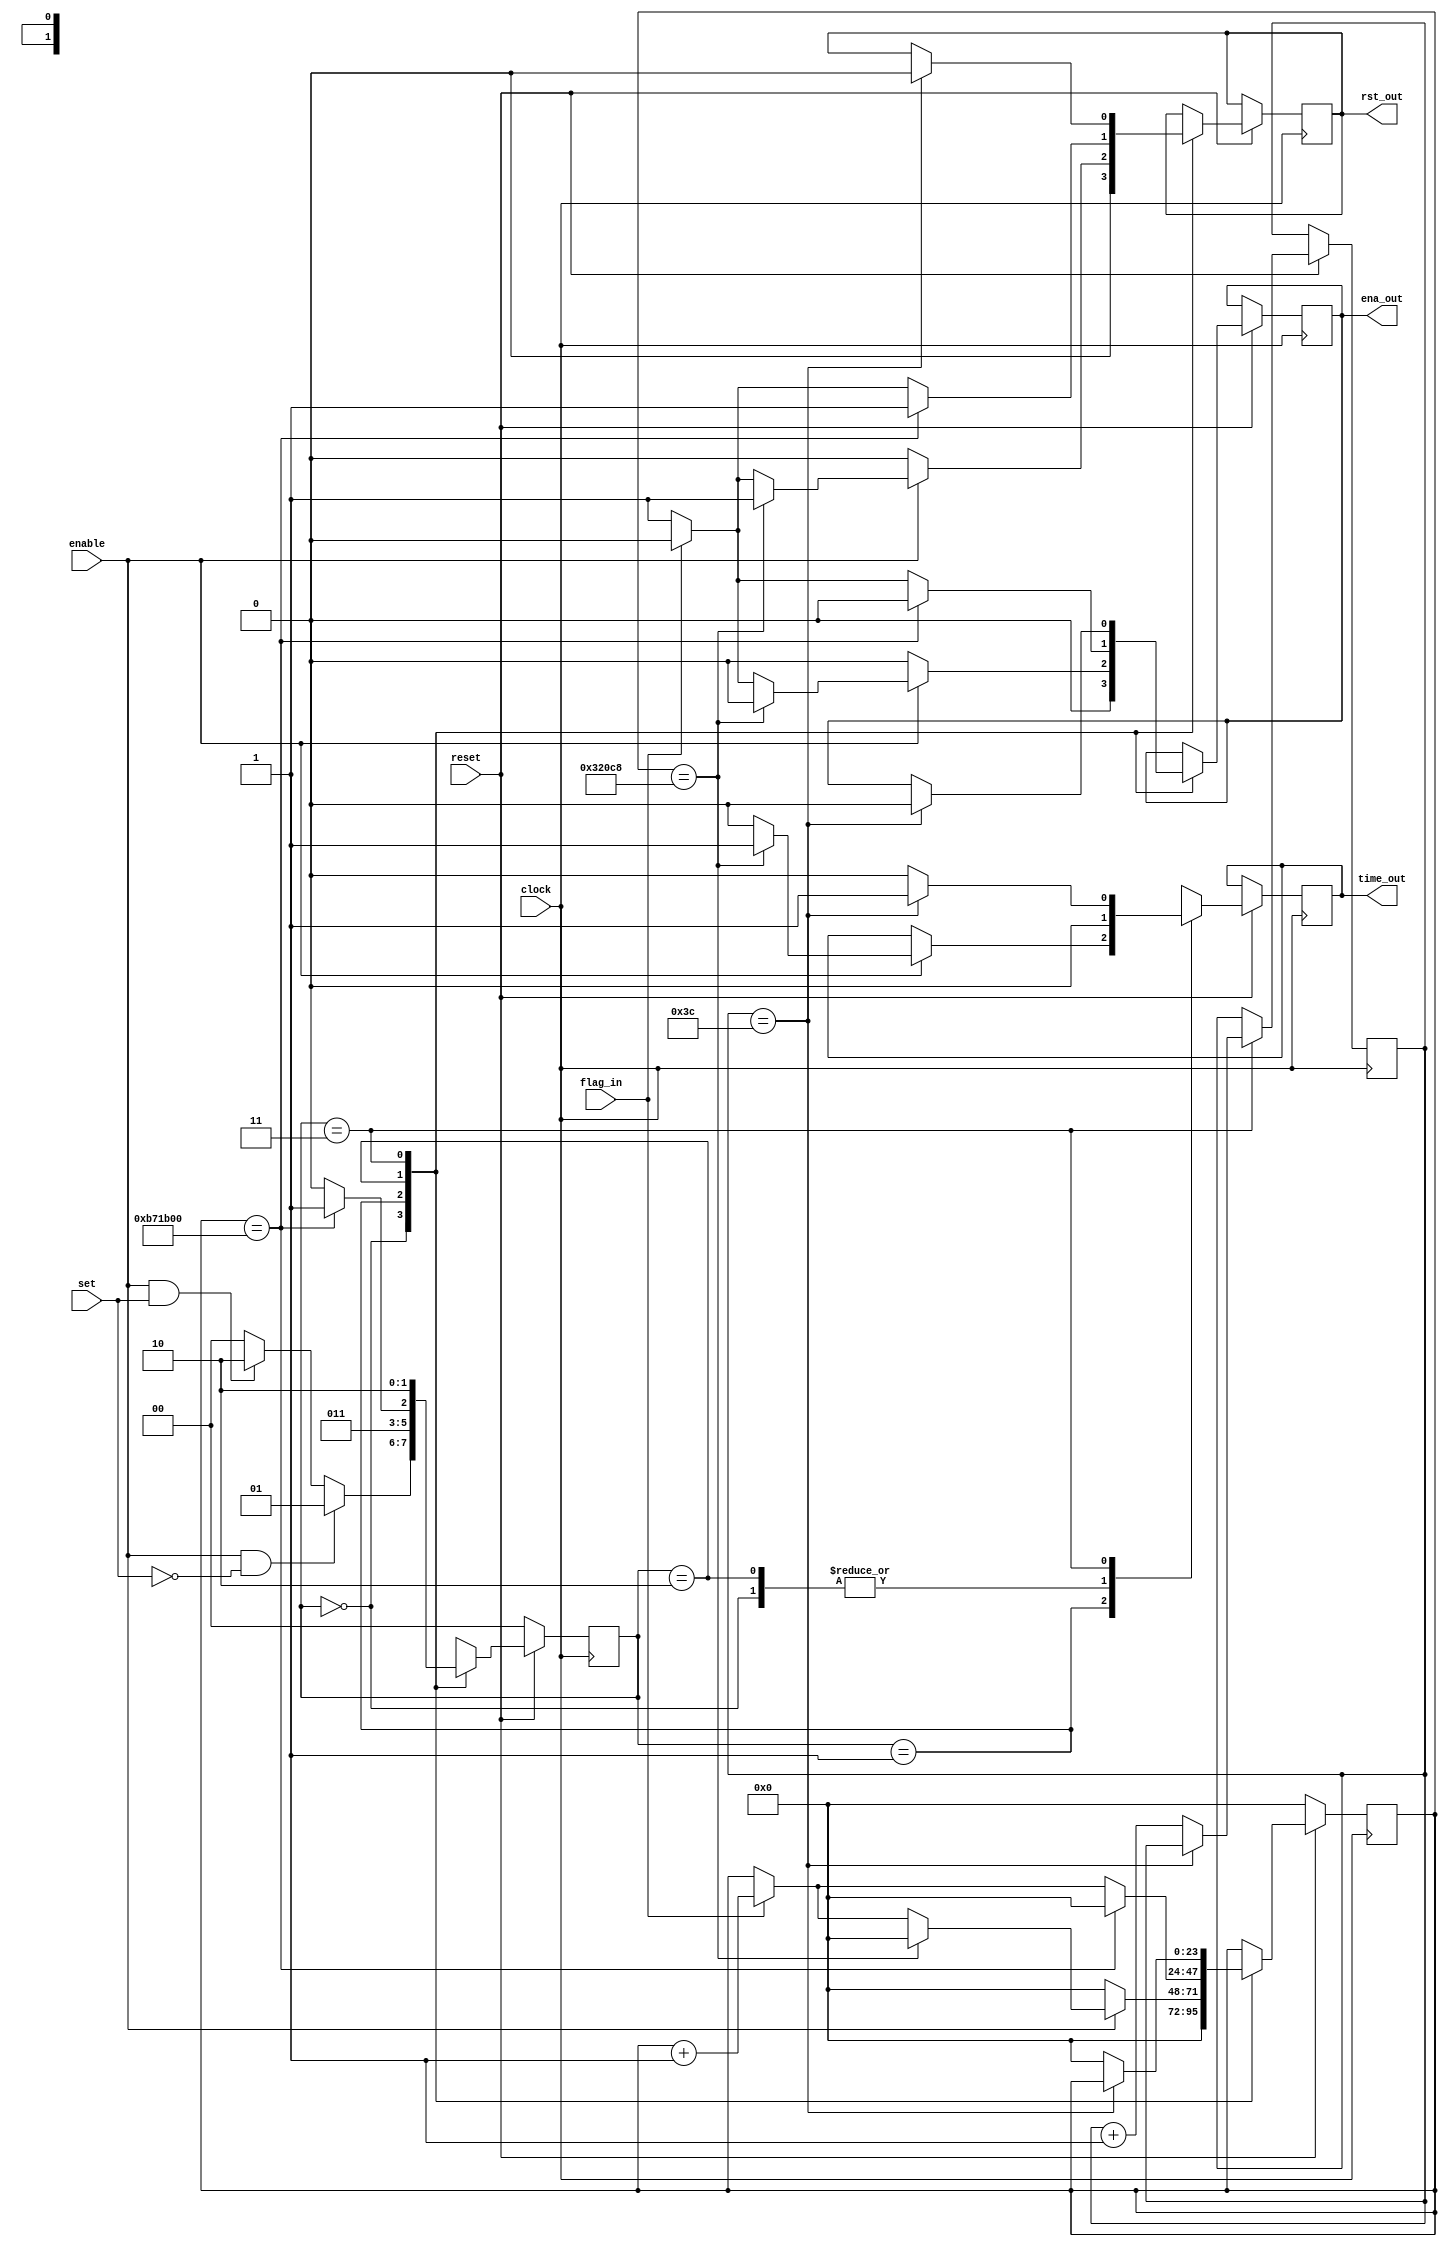
module TimerCntl(clock, reset, set, enable, flag_in, rst_out, ena_out, time_out);

input clock, reset, set, enable, flag_in;
output rst_out, ena_out, time_out;
reg rst_out, ena_out, time_out;

parameter S_Off = 0, S_Sec = 1, S_Min = 2, S_Hour = 3;

reg [1:0] State;
reg [23:0] Cnt;
reg [5:0] CntMins;

always @(posedge clock)
	begin
	if(reset == 0)
			begin
				State <= S_Off;
				Cnt <= 0;
			end
		else
			begin
		case(State)
			S_Off:
				begin
					ena_out <= 0;
					time_out <= 0;
					rst_out <= 0;
					if( (enable == 1) && (set == 0) )
						begin
							State <= S_Sec;
							Cnt <= 0;
						end
					else if( (enable == 1) && (set == 1) )
						begin
							State <= S_Min;
							Cnt <= 0;
						end
					else
						begin
							State <= S_Off;
							Cnt <= 0;
						end
				end
			S_Sec:
				begin
					if(enable == 1)
					begin
					if(Cnt == 205000)
						begin
							ena_out <= 0;
							time_out <= 1;
							rst_out <= 1;
							State <= S_Sec;
							Cnt <= 0;
						end
					else
						begin
							if(flag_in == 1)
								begin
									ena_out <= 0;
									time_out = 0;
									rst_out <= 0;
									Cnt <= Cnt + 1;
									State <= S_Sec;
								end
							else
								begin
									ena_out <= 1;
									time_out <= 0;
									rst_out <= 1;
									State <= S_Sec;
								end
						end
						end
						else
						begin
						Cnt <= 0;
						ena_out <= 0;
						rst_out <= 0;
						State <= S_Sec;
						end
				end
			S_Min:
				begin
					if(Cnt == 12000000)
						begin
							ena_out <= 0;
							time_out <= 0;
							rst_out <= 1;
							State <= S_Hour;
							Cnt <= 0;
						end
					else
						begin
							if(flag_in == 1)
								begin
									ena_out <= 0;
									time_out <= 0;
									rst_out <= 0;
									Cnt <= Cnt + 1;
									State <= S_Min;
								end
							else
								begin
									ena_out <= 1;
									time_out <= 0;
									rst_out <= 1;
									State <= S_Min;
								end
						end
				end
			S_Hour: begin
						if(CntMins == 60)
							begin
							time_out <= 1;
							ena_out <= 0;
							rst_out <= 0;
							State <= S_Min;
							end
						else
							begin
							CntMins <= CntMins + 1;
							time_out <= 0;
							Cnt <= 0;
							State <= S_Min;
							end
					end
							
			default:
				begin
					ena_out <= 0;
					time_out <= 0;
					rst_out <= 0;
					State <= S_Off;
					Cnt <= 0;
				end
		endcase
	end
	end

endmodule